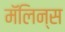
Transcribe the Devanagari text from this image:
मॅलिन्स